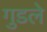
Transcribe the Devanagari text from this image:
गुडले